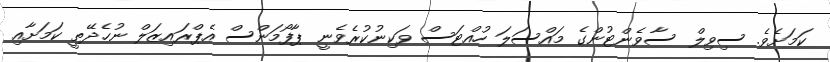
ކަމަށެވެ. ސިވިލް ސާވެންޓުންގެ މައްސަލަ ހުއްޓަސް ވަކިނުކުރެވެނީ ޕާފޯމަންސް އެޕްރައިޒަލް ނުހެދޭތީ ކަމަށާއި